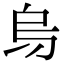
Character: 𠂶